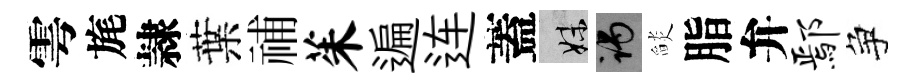
雩旄隷葉𥙷茱遍连蓋妹谒𦦨脂弁鄢争